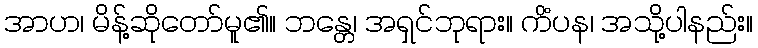
အာဟ၊ မိန့်ဆိုတော်မူ၏။ ဘန္တေ၊ အရှင်ဘုရား။ ကိံပန၊ အသို့ပါနည်း။